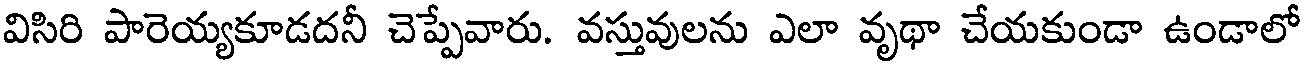
విసిరి పారెయ్యకూడదనీ చెప్పేవారు. వస్తువులను ఎలా వృథా చేయకుండా ఉండాలో